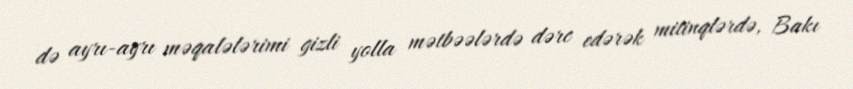
də ayrı-ayrı məqalələrimi gizli yolla mətbəələrdə dərc edərək mitinqlərdə, Bakı